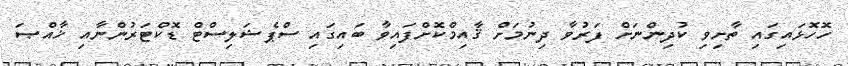
ހޮހޮޅައިގައި ތާށިވި ކުދިންނަށް ފަރުވާ ދިނުމަށް ޤާއިމްކޮށްފައިވާ ބައިގައި ސްޕެޝަލިސްޓް ޑޮކްޓަރުންނާއި ޚާއްޞަ